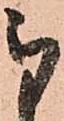
被